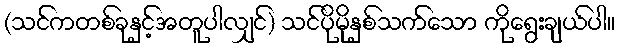
(သင်ကတစ်ခုနှင့်အတူပါလျှင်) သင်ပိုမိုနှစ်သက်သော ကိုရွေးချယ်ပါ။